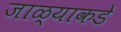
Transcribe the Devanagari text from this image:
जाळ्याकडे